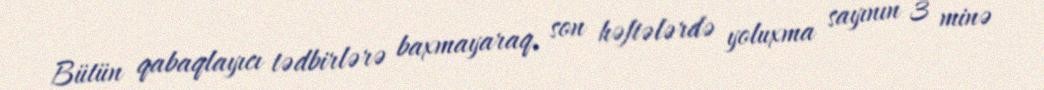
Bütün qabaqlayıcı tədbirlərə baxmayaraq, son həftələrdə yoluxma sayının 3 minə